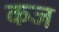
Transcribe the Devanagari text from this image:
कज